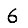
Digit: 6